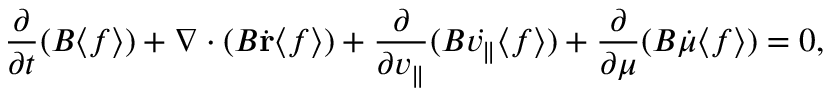
\frac { \partial } { \partial t } ( B \langle f \rangle ) + \nabla \cdot ( B \dot { \mathbf { r } } \langle f \rangle ) + \frac { \partial } { \partial v _ { \parallel } } ( B \dot { v _ { \parallel } } \langle f \rangle ) + \frac { \partial } { \partial \mu } ( B \dot { \mu } \langle f \rangle ) = 0 ,